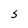
Character: S